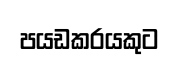
පයඩකරයකුට